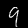
Digit: 9